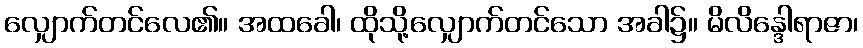
လျှောက်တင်လေ၏။ အထခေါ၊ ထိုသို့လျှောက်တင်သော အခါ၌။ မိလိန္ဒေါရာဇာ၊